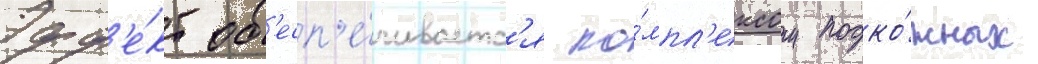
Эфф'е́кт об'есп'е́чиваетс'я ко́мпл'ексом подко́жных